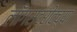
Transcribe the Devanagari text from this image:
लाँगस्ट्रीटच्या